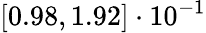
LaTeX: \left[0.98,1.92\right]\cdot 10^{-1}